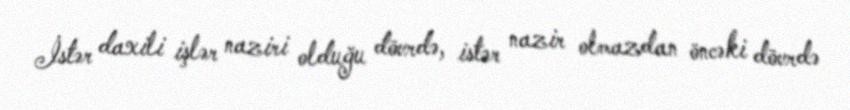
İstər daxili işlər naziri olduğu dövrdə, istər nazir olmazdan öncəki dövrdə